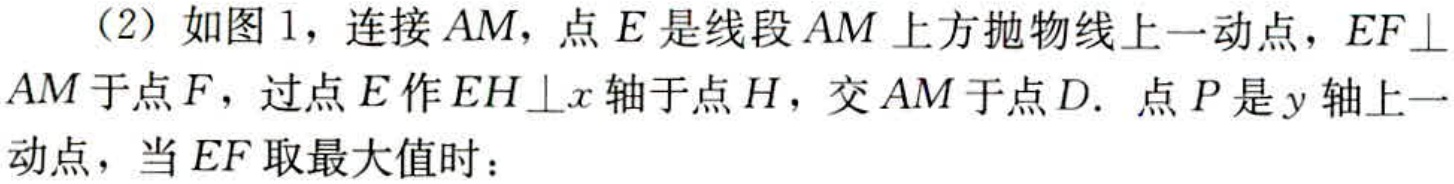
（2）如图1，连接 \(AM\)，点 \(E\) 是线段 \(AM\) 上方抛物线上一动点，\(EF\perp AM\) 于点 \(F\)，过点 \(E\) 作 \(EH\perp x\) 轴于点 \(H\)，交 \(AM\) 于点 \(D\). 点 \(P\) 是 \(y\) 轴上一动点，当 \(EF\) 取最大值时：